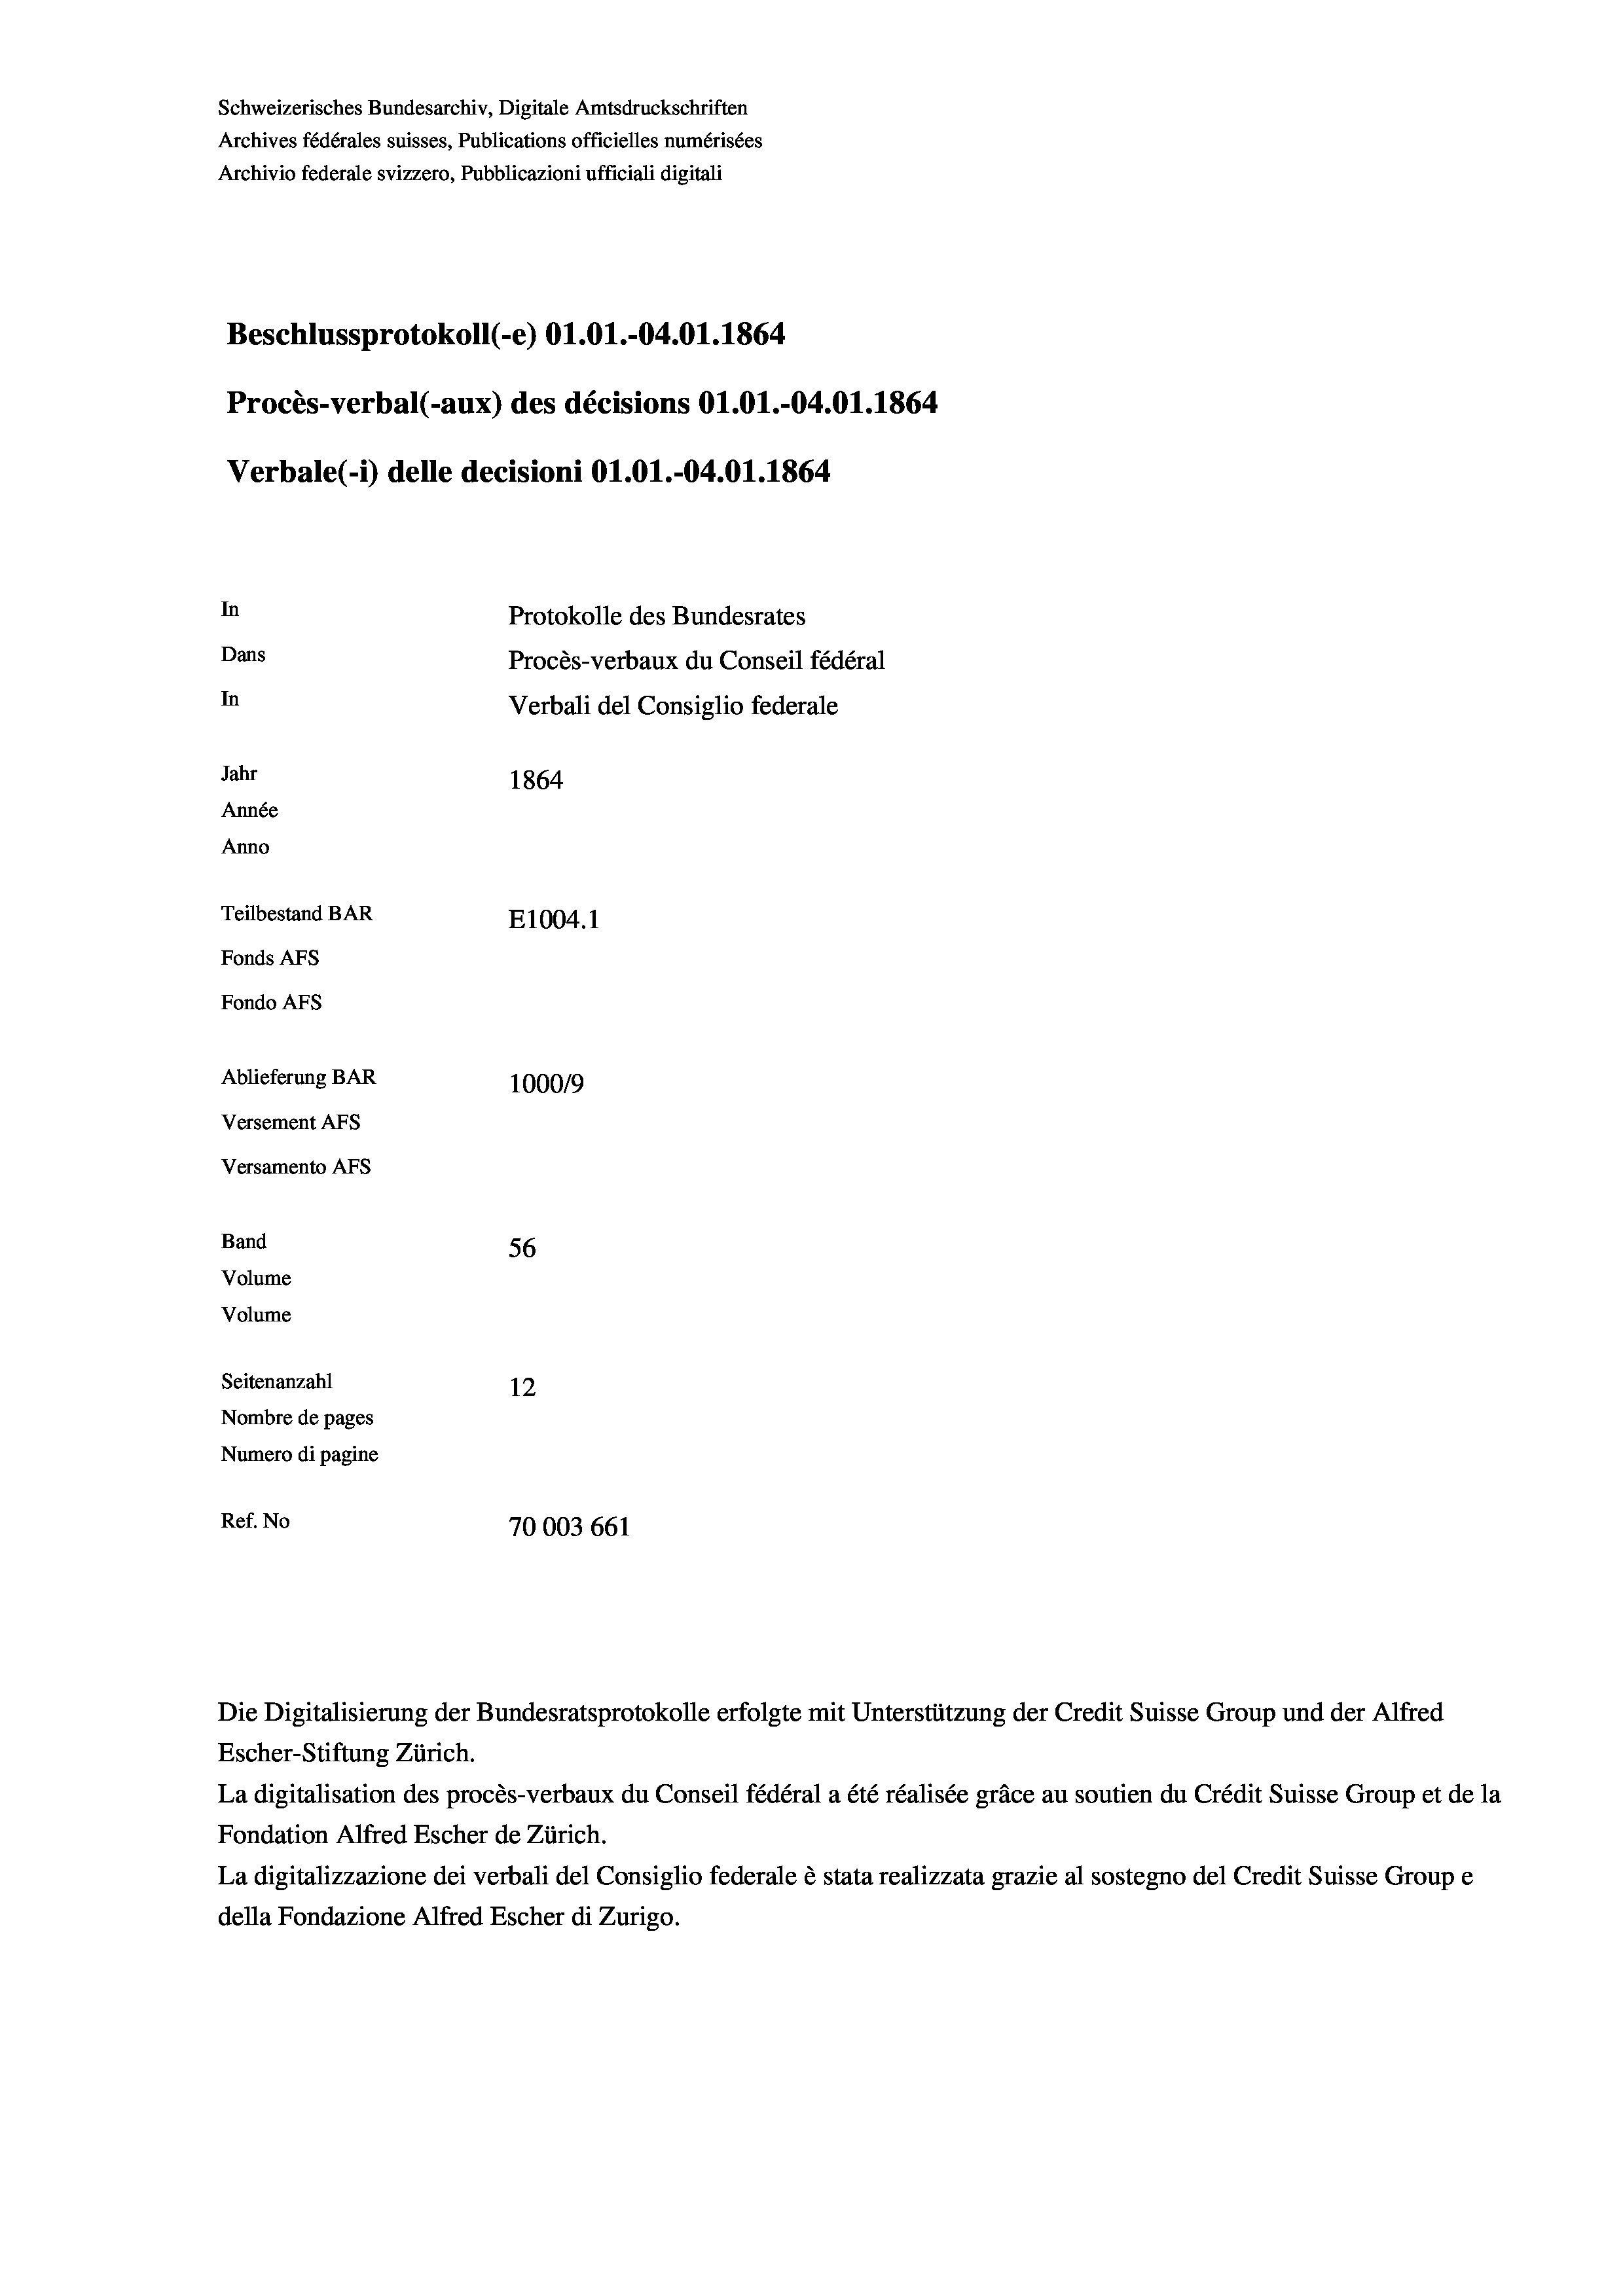
Schweizerisches Bundesarchiv, Digitale Amtsdruckschriften
Archives fédérales suisses, Publications officielles numérisées
Archivio federale svizzero, Pubblicazioni ufficiali digitali
Beschlussprotokoll (-e) 01.01.-04.01. 1864
Procès-verbal (-aux) des décisions Ol.O1.-04.01.1864
Verbale(-*) delle decisioni O1.01.-04.01. 1864
In
Protokolle des Bundesrates
Dans
Procès-verbaux du Conseil fédéral
In
Verbali del Consiglio federale
Jahr
1864
Année
Anno
Teilbestand BAR
E1004.1
Fonds AFs
Fondo AFS
Ablieferung BAR
100019
Versement AFs
Versamento Afs

56
12
Nombre de pages
Numero di pagine
Ref. No
70003 661

Band
Volume
Volume
Seitenanzahl

Escher-Stiftung Zürich.
La digitalisation des procès-verbaux du Conseil fédéral a été réalisée gräce au soutien du Crédit Suisse Group et de la
Fondation Alfred Escher de Zürich.
La digitalizzazione dei verbali del Consiglio federale è stata realizzata grazie al sostegno del Credit Suisse Groupe
della Fondazione Alfred Escher di Zurigo.

Die Digitalisierung der Bundesratsprotokolle erfolgte mit Unterstützung der Credit Suisse Group und der Alfred